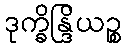
ဒုက္ခိန္ဒြိယဉ္စ